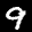
Label: 9